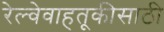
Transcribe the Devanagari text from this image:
रेल्वेवाहतूकीसाठी